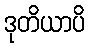
ဒုတိယာပိ